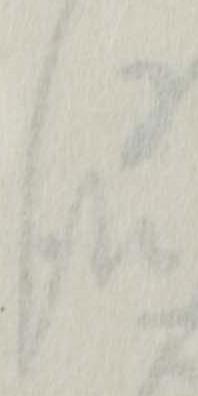
報